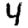
Digit: 4